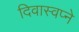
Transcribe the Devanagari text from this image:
दिवास्वप्ने